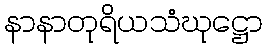
နာနာတုရိယသံဃုဋ္ဌော